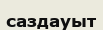
саздауыт